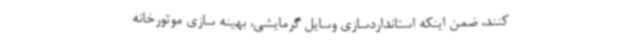
کنند، ضمن اینکه استانداردسازی وسایل گرمایشی، بهینه سازی موتورخانه